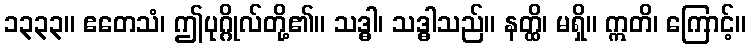
၁၃၃၃။ ဧတေသံ၊ ဤပုဂ္ဂိုလ်တို့၏။ သဒ္ဓါ၊ သဒ္ဓါသည်။ နတ္ထိ၊ မရှိ။ ဣတိ၊ ကြောင့်။